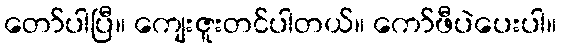
တော်ပါပြီ။ ကျေးဇူးတင်ပါတယ်။ ကော်ဖီပဲပေးပါ။